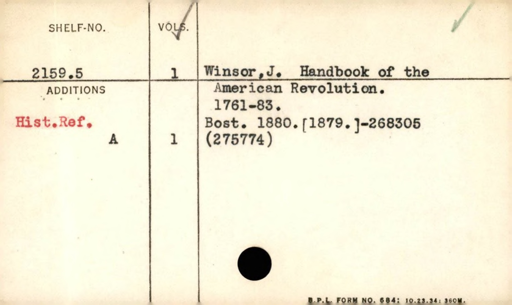
Label: content